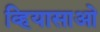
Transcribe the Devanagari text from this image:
व्हियासाओ